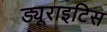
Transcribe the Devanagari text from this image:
ड्यूराइटिस